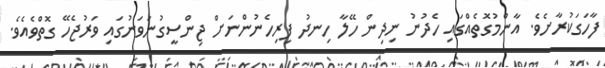
ފާހަގަކުރާށެވެ. އާންމުގޮތެއްގައި ހެދުނު ނިދިން ހޭލާ ހިނދު ފިރިހެނުންނަށް ޖިންސީގުނަވަނުގައި ވަރުޖެހޭ ގޮތްވެއެވެ.